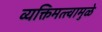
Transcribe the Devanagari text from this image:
व्यक्तिमत्त्वामुळे